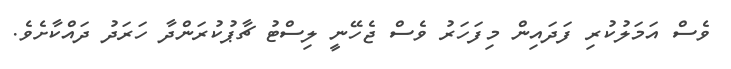
ވެސް އަމަލުކުރި ފަދައިން މިފަހަރު ވެސް ޖެހޭނީ ލިސްޓު ޗާޕުކުރަންދާ ހަރަދު ދައްކާށެވެ.